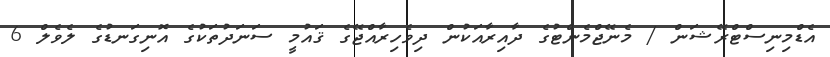
އެޑްމިނިސްޓްރޭޝަން / މެނޭޖްމެންޓުގެ ދާއިރާއަކުން ދިވެހިރާއްޖޭގެ ޤައުމީ ސަނަދުތަކުގެ އޮނިގަނޑުގެ ލެވެލް 6